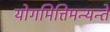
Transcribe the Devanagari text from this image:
योगमित्तिमन्यन्ते